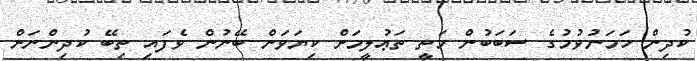
ކުދިން ހަމަނުވުމުގެ ސަބަބުން މަތީ ތަޢުލީމަށް ކިޔަވަން ބޭނުން ވެފައި ތިބޭ ކުދިންނަށް